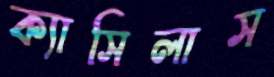
ক্যাসিলাস